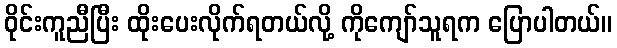
ဝိုင်းကူညီပြီး ထိုးပေးလိုက်ရတယ်လို့ ကိုကျော်သူရက ပြောပါတယ်။